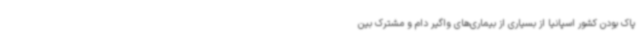
پاک بودن کشور اسپانیا از بسیاری از بیماری‌های واگیر دام و مشترک بین